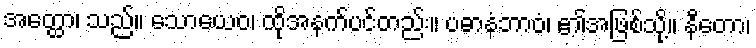
အတ္ထော၊ သည်။ သောယေဝ၊ ထိုအနက်ပင်တည်း။ ပဓာနံဘာဝံ၊ ၏အဖြစ်သို့။ နီတော၊